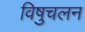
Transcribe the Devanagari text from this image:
विषुचलन